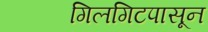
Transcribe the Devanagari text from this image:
गिलगिटपासून